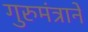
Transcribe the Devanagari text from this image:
गुरुमंत्राने